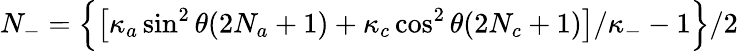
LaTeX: N_{-}=\Big\{ \big[\kappa_{a}\sin^{2}\theta(2N_{a}+1)+\kappa_{c}\cos^{2}\theta(2N_{c}+1)\big]/\kappa_{-}-1\Big\} /2